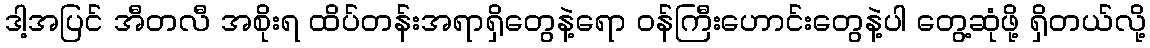
ဒါ့အပြင် အီတလီ အစိုးရ ထိပ်တန်းအရာရှိတွေနဲ့ရော ဝန်ကြီးဟောင်းတွေနဲ့ပါ တွေ့ဆုံဖို့ ရှိတယ်လို့